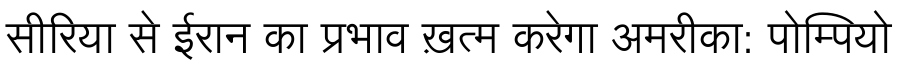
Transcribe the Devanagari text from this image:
सीरिया से ईरान का प्रभाव ख़त्म करेगा अमरीका: पोम्पियो